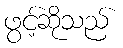
ဖွင့်ဆိုသည်